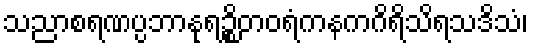
သညာစရဏပ္ပဘာနုရဉ္စိတဝရံကနကဂိရိသိရသဒိသံ၊